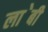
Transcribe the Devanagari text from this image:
ला॓बी